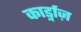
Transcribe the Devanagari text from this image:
कार्ड्नाज़